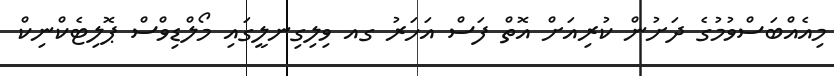
މިއެއްބަސްވުމުގެ ދަށުން ކުރިއަށް އޮތް ފަސް އަހަރު ގއ ވިލިގިނލީގައި މޯލްޑިވްސް ޕޮލިޓެކްނިކް